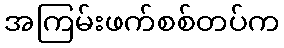
အကြမ်းဖက်စစ်တပ်က